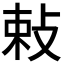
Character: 𭣴